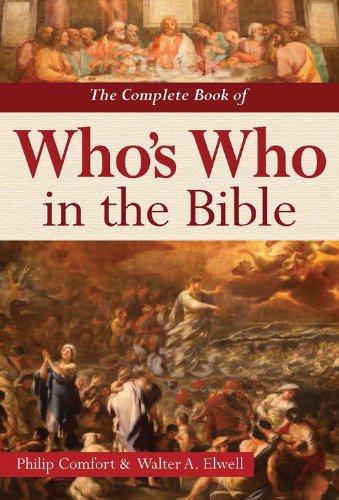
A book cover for The Complete Book of Who's Who in the Bible; Philip Comfort; Christian Books & Bibles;